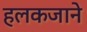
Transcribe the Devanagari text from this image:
हलकजाने